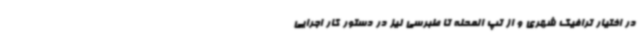
در اختیار ترافیک شهری و از تپ المحله تا طبرسی نیز در دستور کار اجرایی